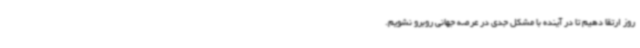
روز ارتقا دهیم تا در آینده با مشکل جدی در عرصه جهانی روبرو نشویم.